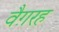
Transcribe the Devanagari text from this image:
वैग़रह